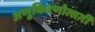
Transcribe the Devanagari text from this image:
अणुकिरणोत्सर्गी